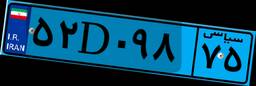
۵۲D۰۹۸۷۵